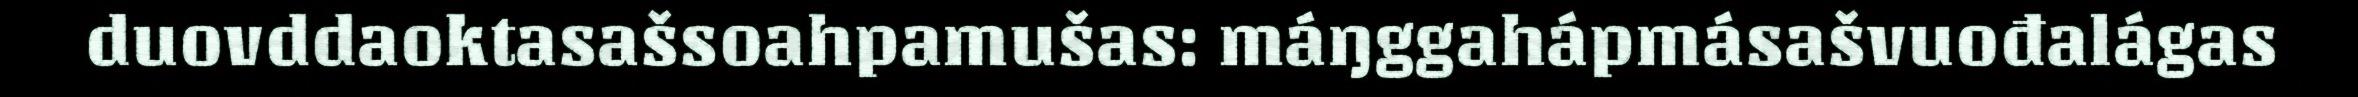
duovddaoktasašsoahpamušas: máŋggahápmásašvuođalágas